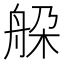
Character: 䑮